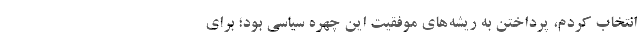
انتخاب کردم، پرداختن به ریشه‌های موفقیت این چهره سیاسی بود؛ برای